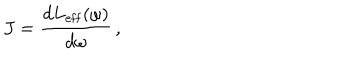
J = \frac { d L _ { \mathrm { e f f } } ( \omega ) } { d \omega } \, ,